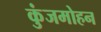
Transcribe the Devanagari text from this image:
कुंजमोहन